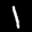
Label: 1